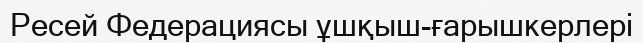
Ресей Федерациясы ұшқыш-ғарышкерлері